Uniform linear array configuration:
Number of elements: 48
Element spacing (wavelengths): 0.5
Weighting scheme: binomial
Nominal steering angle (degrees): -45
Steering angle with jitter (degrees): -43.606
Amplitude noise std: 0.05
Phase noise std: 0.05

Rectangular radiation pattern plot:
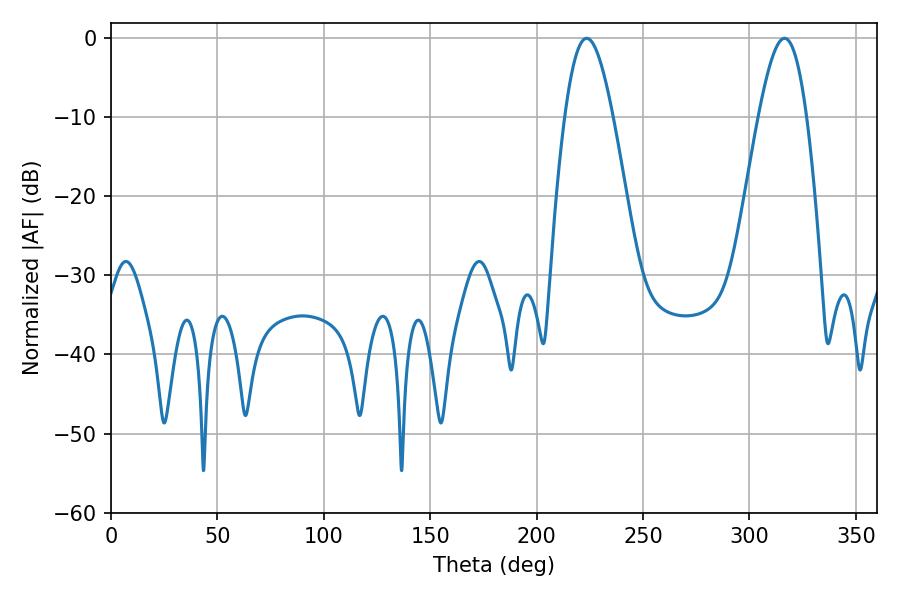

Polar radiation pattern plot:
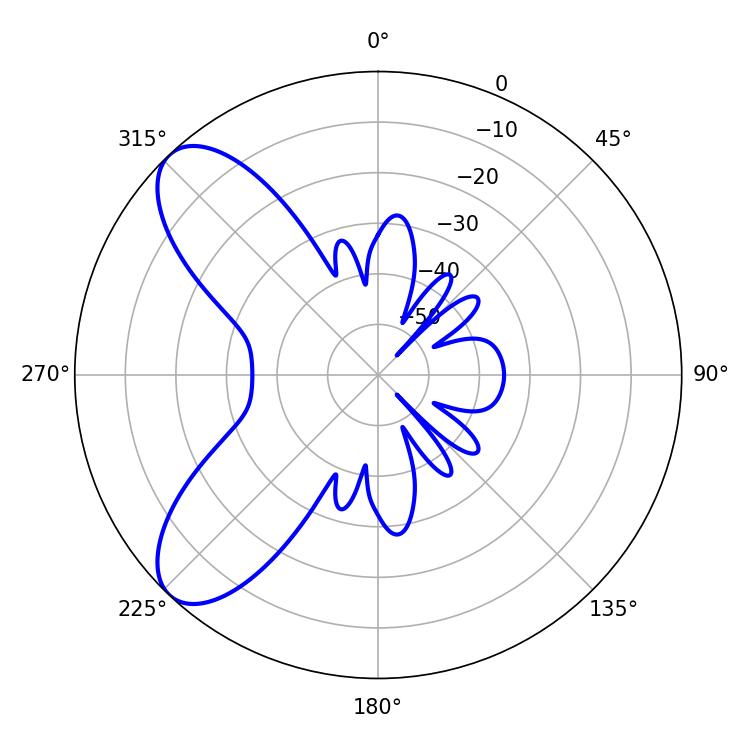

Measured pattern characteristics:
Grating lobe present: FALSE
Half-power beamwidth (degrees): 12.06
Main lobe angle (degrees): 223.56